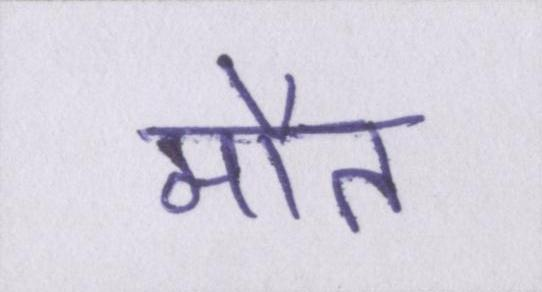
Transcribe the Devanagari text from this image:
मौत